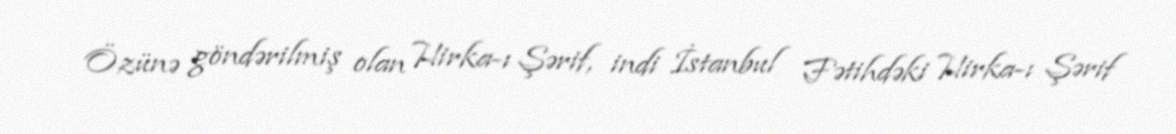
Özünə göndərilmiş olan Hirka-ı Şərif, indi İstanbul Fətihdəki Hirka-ı Şərif